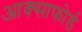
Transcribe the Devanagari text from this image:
आक्साफोर्ड